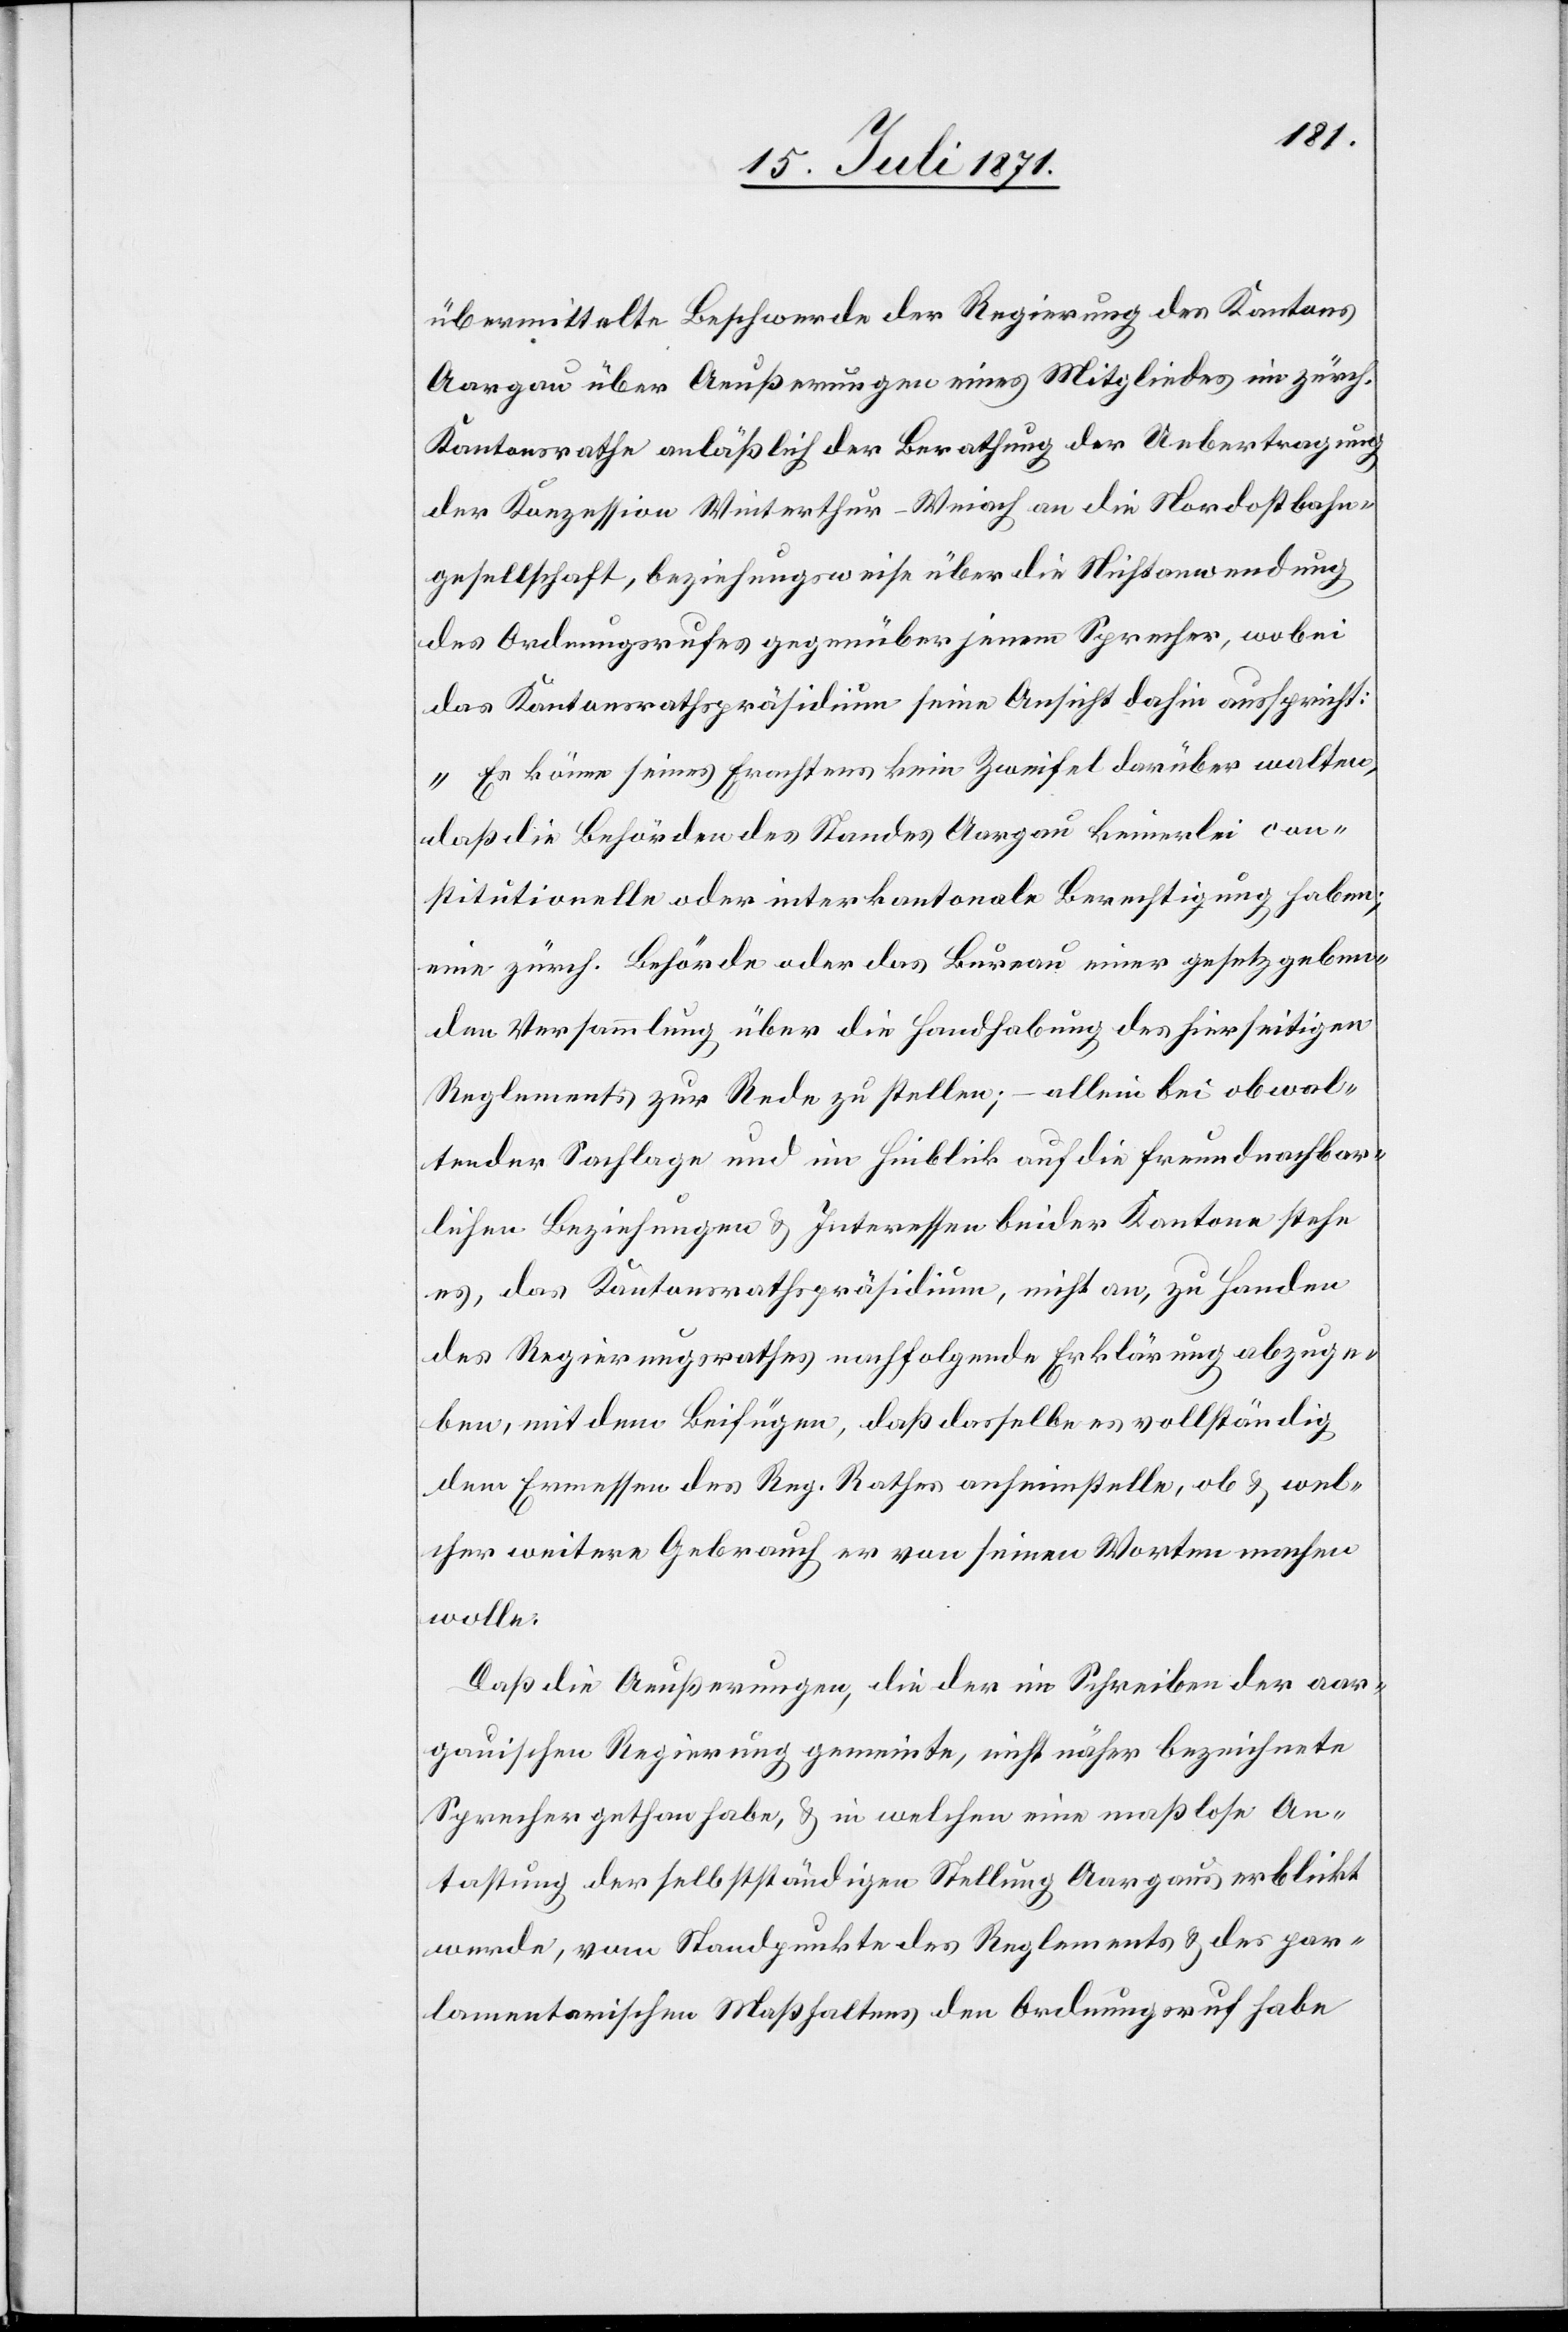
übermittelte Beschwerde der Regierung des Kantons
Aargau über Aeußerungen eines Mitgliedes im zürch.
Kantonsrathe anläßlich der Berathung der Uebertragung
der Konzession Winterthur-Weiach an die Nordostbahn¬
gesellschaft, beziehungsweise über die Nichtanwendung
des Ordnungsrufes gegenüber jenem Sprecher, wobei
das Kantonsrathspräsidium seine Ansicht dahin ausspricht:
„Es könne seines Erachtens kein Zweifel darüber walten,
daß die Behörden des Standes Aargau keinerlei con¬
stitutionelle oder interkantonale Berechtigung haben;
eine zürch. Behörde oder das Bureau einer gesetzgeben¬
den Versammlung über die Handhabung des hierseitigen
Reglements zur Rede zu stellen; – allein bei obwal¬
tender Sachlage und im Hinblick auf die freundnachbar¬
lichen Beziehungen u. Interessen beider Kantone stehe
es, das Kantonsrathspräsidium, nicht an, zu Handen
des Regierungsrathes nachfolgende Erklärung abzuge¬
ben, mit dem Beifügen, daß dasselbe es vollständig
dem Ermessen des Reg. Rathes anheimstelle, ob u. wel¬
cher weitere Gebrauch er von seinen Worten machen
wolle:
Daß die Aeußerungen, die der im Schreiben der aar¬
gauischen Regierung gemeinte, nicht näher bezeichnete
Sprecher gethan habe, u. in welchen eine maßlose An¬
tastung der selbstständigen Stellung Aargaus erblickt
werde, vom Standpunkte des Reglements u. des par¬
lamentarischen Maßhaltens den Ordnungsruf habe